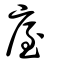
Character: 厔